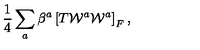
{ \frac { 1 } { 4 } } \sum _ { a } \beta ^ { a } \left[ T { \cal W } ^ { a } { \cal W } ^ { a } \right] _ { F } ,